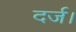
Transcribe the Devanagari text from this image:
दर्ज।